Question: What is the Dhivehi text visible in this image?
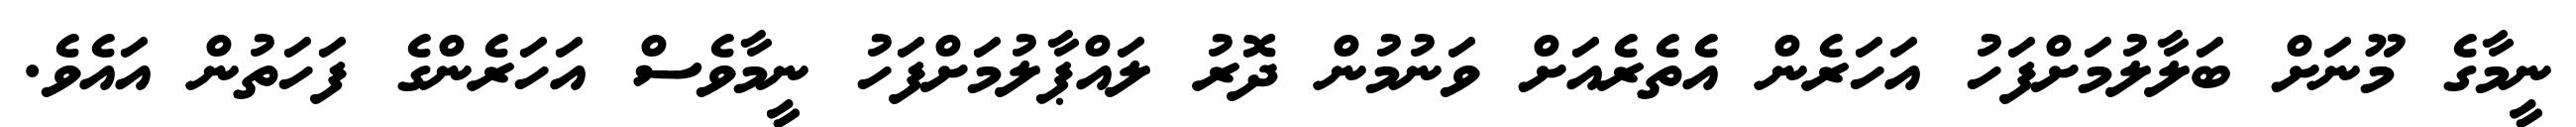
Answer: ނީމާގެ މޫނަށް ބަލާލުމަށްފަހު އަހަރެން އެތެރެއަށް ވަނުމުން ދޮރު ލައްޕާލުމަށްފަހު ނީމާވެސް އަހަރެންގެ ފަހަތުން އައެވެ.